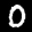
Label: 0